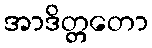
အာဒိတ္တတော